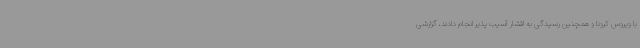
با ویروس کرونا و همچنین رسیدگی به اقشار آسیب پذیر انجام دادند، گزارشی